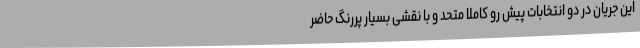
این جریان در دو انتخابات پیش رو کاملا متحد و با نقشی بسیار پررنگ حاضر